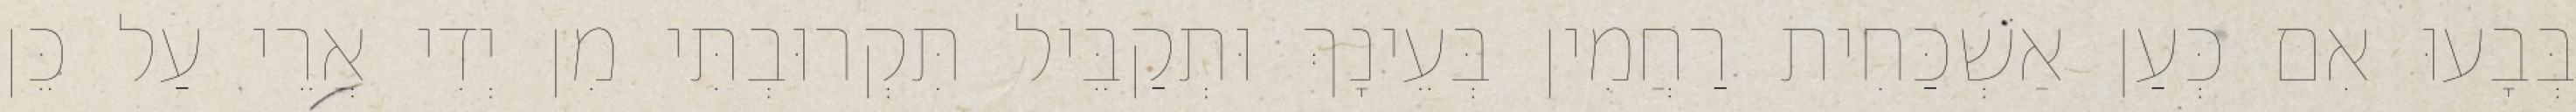
בְּבָעוּ אִם כְּעַן אַשְׁכַּחִית רַחֲמִין בְּעֵינָךְ וּתְקַבֵּיל תִּקְרוּבְתִּי מִן יְדִי אֲרֵי עַל כֵּן